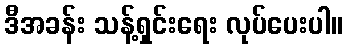
ဒီအခန်း သန့်ရှင်းရေး လုပ်ပေးပါ။